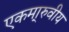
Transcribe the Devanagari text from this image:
एकमा्रुवीय